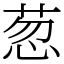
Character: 䓤